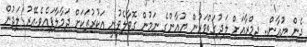
ދެން ޔުއާން.. ދިމްރާއަށް ލަދުގަތްވަރުން ޔުއާންގެ ނަމުން ގޮވާލެވުނީ އަކުރުތަކަށް ދަމާލާފައެވެ.އޭރު ލަދުން